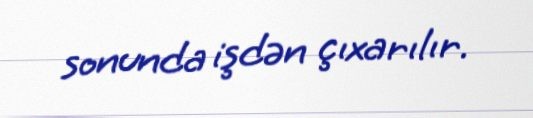
sonunda işdən çıxarılır.